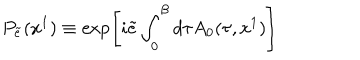
P _ { \tilde { e } } ( x ^ { 1 } ) \equiv \exp \left[ i \tilde { e } \int _ { 0 } ^ { \beta } d \tau A _ { 0 } ( \tau , x ^ { 1 } ) \right]